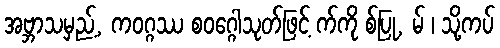
အဗ္ဘာသမှည့်, ကဝဂ္ဂဿ စဝဂ္ဂေါသုတ်ဖြင့် က်ကို စ်ပြု, မ် ၊ သို့ကပ်